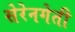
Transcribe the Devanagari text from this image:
सेरेनगेती